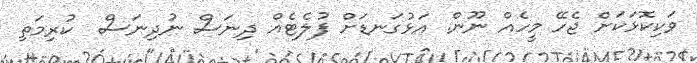
ވަކިކޮޅަކަށް ޖެހޭ މީހެއް ނޫން. އަޅުގަނޑަށް ފުލެޓެއް ދިނަސް ނުދިނަސް  ކުރިމަތި